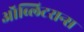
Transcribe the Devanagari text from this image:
ऑब्लिटरान्स